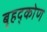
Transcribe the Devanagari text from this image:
बृहद्कोण